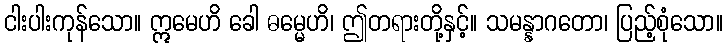
ငါးပါးကုန်သော။ ဣမေဟိ ခေါ ဓမ္မေဟိ၊ ဤတရားတို့နှင့်။ သမန္နာဂတော၊ ပြည့်စုံသော။